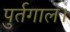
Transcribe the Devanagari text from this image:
पुर्तगाल।